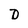
Character: D